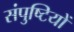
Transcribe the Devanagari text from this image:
संपुष्टियों